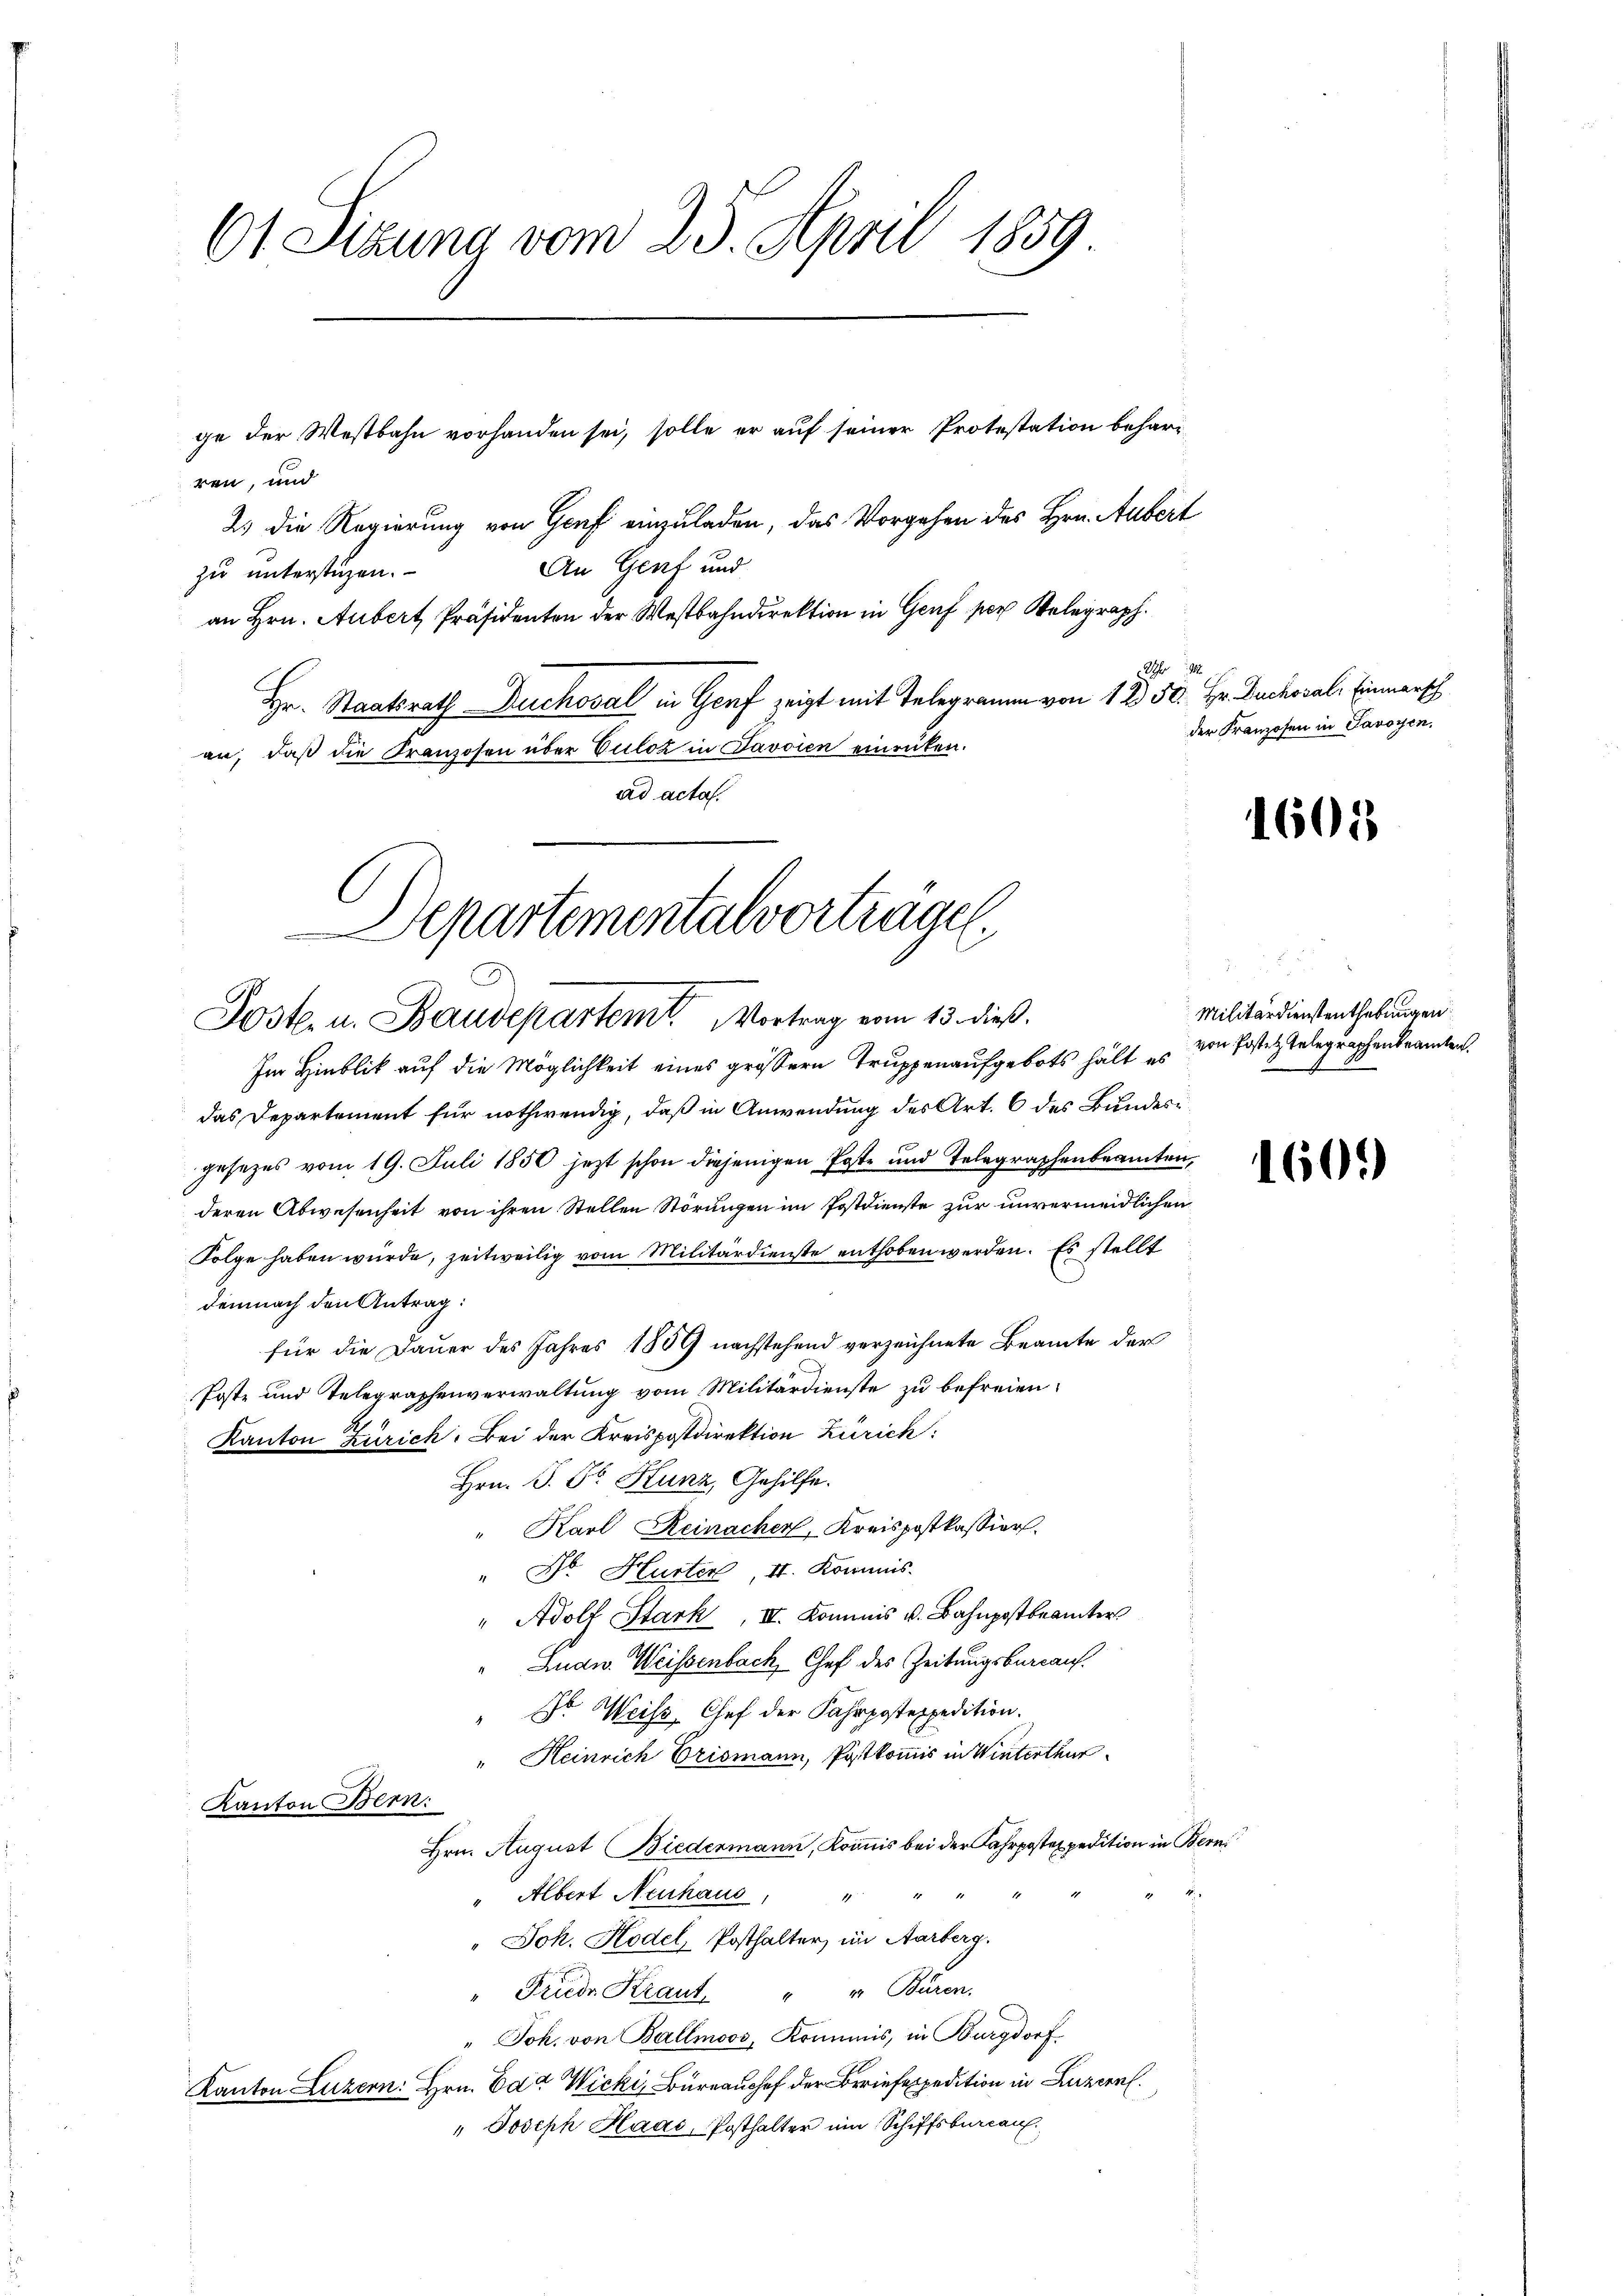
61 Sizung vom 25. April 1859.

Departementalvortragen.
Poste. u. Baudepartem Vortrag vom 13. dieß.

ge der Westbahn vorhanden sei, solle er auf seiner Protestation beharren, und
2) die Regierung von Genf einzuladen, das Vorgehen des Hrn. Aubert
An Genf und
zu unterstüzen.
an Hrn. Aubert Präsidenten der Westbahndirektion in Genf per Belegraph
8 1
Hr. Staatsrath Duchoval in Genf zeigt mit Telegramm von 12 50. Hr. Guchoval, Einmarsch
an, daß die Kranzosen über Vuloz in Javoien einrücken.
ad acta.

Im Hinblik auf die Möglichkeit eines grössern Truppenaufgebots hält es von Postet telegraphenbeamten.
das Departement für nothwendig, daß in Anwendung des Art. 6 des Bundesgesetzes vom 19. Juli 1850 jezt schon diejenigen Poste und Telegraphenbeamten,
deren Abwesenheit von ihren Stellen Störungen im Postdienste zur unvermeidlichen
Folge haben würde, zeitweilig vom Militärdienste enthoben werden. Es stellt
demnach den Antrag:
für die Dauer des Jahres 1809 nachstehend verzeichnete Beamte der
Poste und Telegraphenverwaltung vom Militärdienste zu befreien.
Kanton Zürich. Bei der Kreispostdirektion Zürich
Hrn. P. Fr. Kunz, Gehilfe.
" Karl Reinacher, Kreispostkassier.
" Dr. Hurter, 4. Kommis-
" Adolf Stark, II. Kommis v. Bahnpostbeamter
Ludw. Weissenbach, Chef des Zeitungsbureau.
" Dr. Weiss. Chef der Fahrpostexpedition.
" Heinrich Crismann, Postkommis in Winterthur
Kanton Bern:
Hrn. August Biedermann, Kommis bei der Fahrpostexpedition in Bern
Albert Neuhaus,
 14
4
" Joh. Hodel, Posthalter, im Aarberg.
" Friede Kraut. " " Büren.
" Joh. von Ballmoos, Kommis, in Burgdorf
Kanton Luzern: Hrn. Eda Wicki, Burch der Briefespedition in Luzern.
" Joseph Haas, Posthalter ein Schiffsbureau.

der Franzosen in Savoyen,

1605

e
Militärdienstenthebungen

1609